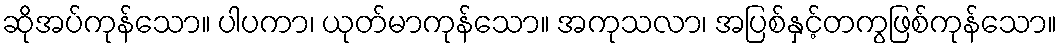
ဆိုအပ်ကုန်သော။ ပါပကာ၊ ယုတ်မာကုန်သော။ အကုသလာ၊ အပြစ်နှင့်တကွဖြစ်ကုန်သော။